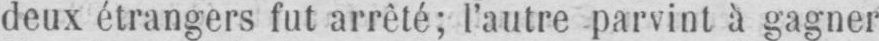
deux étrangers fut arrêté; l’autre parvint à gagner